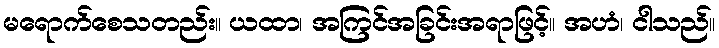
မရောက်စေသတည်း။ ယထာ၊ အကြင်အခြင်းအရာဖြင့်။ အဟံ၊ ငါသည်။